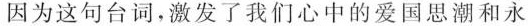
因为这句台词，激发了我们心中的爱国思潮和永